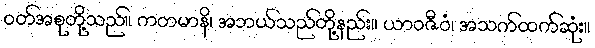
ဝတ်အစုတို့သည်။ ကတမာနိ၊ အဘယ်သည်တို့နည်း။ ယာဝဇီဝံ၊ အသက်ထက်ဆုံး။